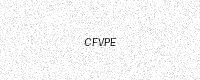
Text: CFVPE